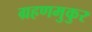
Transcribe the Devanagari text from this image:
ग्रहणमुकुर